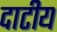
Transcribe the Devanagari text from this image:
दाटीय